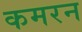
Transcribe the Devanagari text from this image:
कमरन